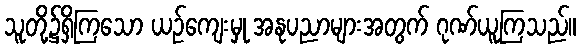
သူတို့၌ရှိကြသော ယဉ်ကျေးမှု အနုပညာများအတွက် ဂုဏ်ယူကြသည်။